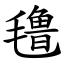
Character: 氇